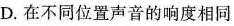
D. 在不同位置声音的响度相同